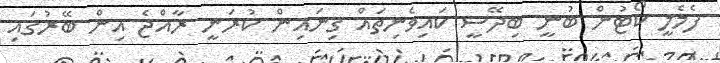
ފެމެލީ ކޯޓުން ބުނީ ބިދޭސީ ކައިވެނިތައް ގިނައިން ކުރަނީ ރާއްޖެ އިން ބޭރުގައި